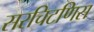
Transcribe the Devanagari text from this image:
सरचिटणिस